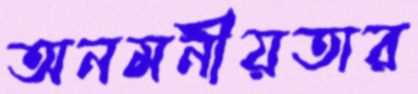
অনমনীয়তার